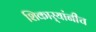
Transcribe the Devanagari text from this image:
शिकार्‍यांनीच